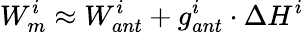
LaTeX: W_{m}^{i}\approx W_{ant}^{i}+g_{ant}^{i}\cdot\Delta H^{i}